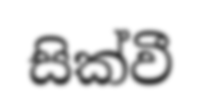
සික්වී